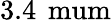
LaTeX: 3.4\, \mathrm{\ mum}